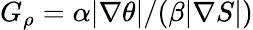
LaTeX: G_{\rho}=\alpha|\nabla\theta|/(\beta|\nabla S|)